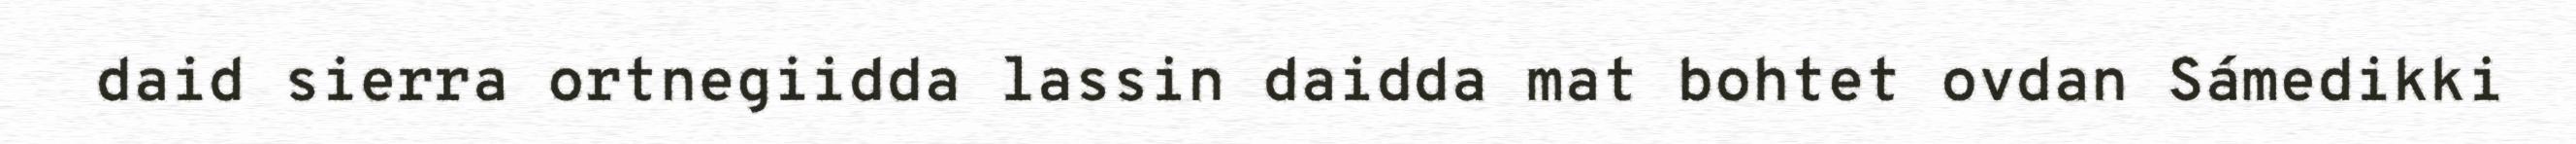
daid sierra ortnegiidda lassin daidda mat bohtet ovdan Sámedikki